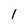
Character: 1